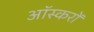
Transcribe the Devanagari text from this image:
ऑस्करों